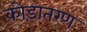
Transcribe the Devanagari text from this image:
कोड़ातरण